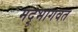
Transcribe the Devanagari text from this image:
मद्भागवत